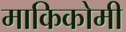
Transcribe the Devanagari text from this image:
माकिकोमी